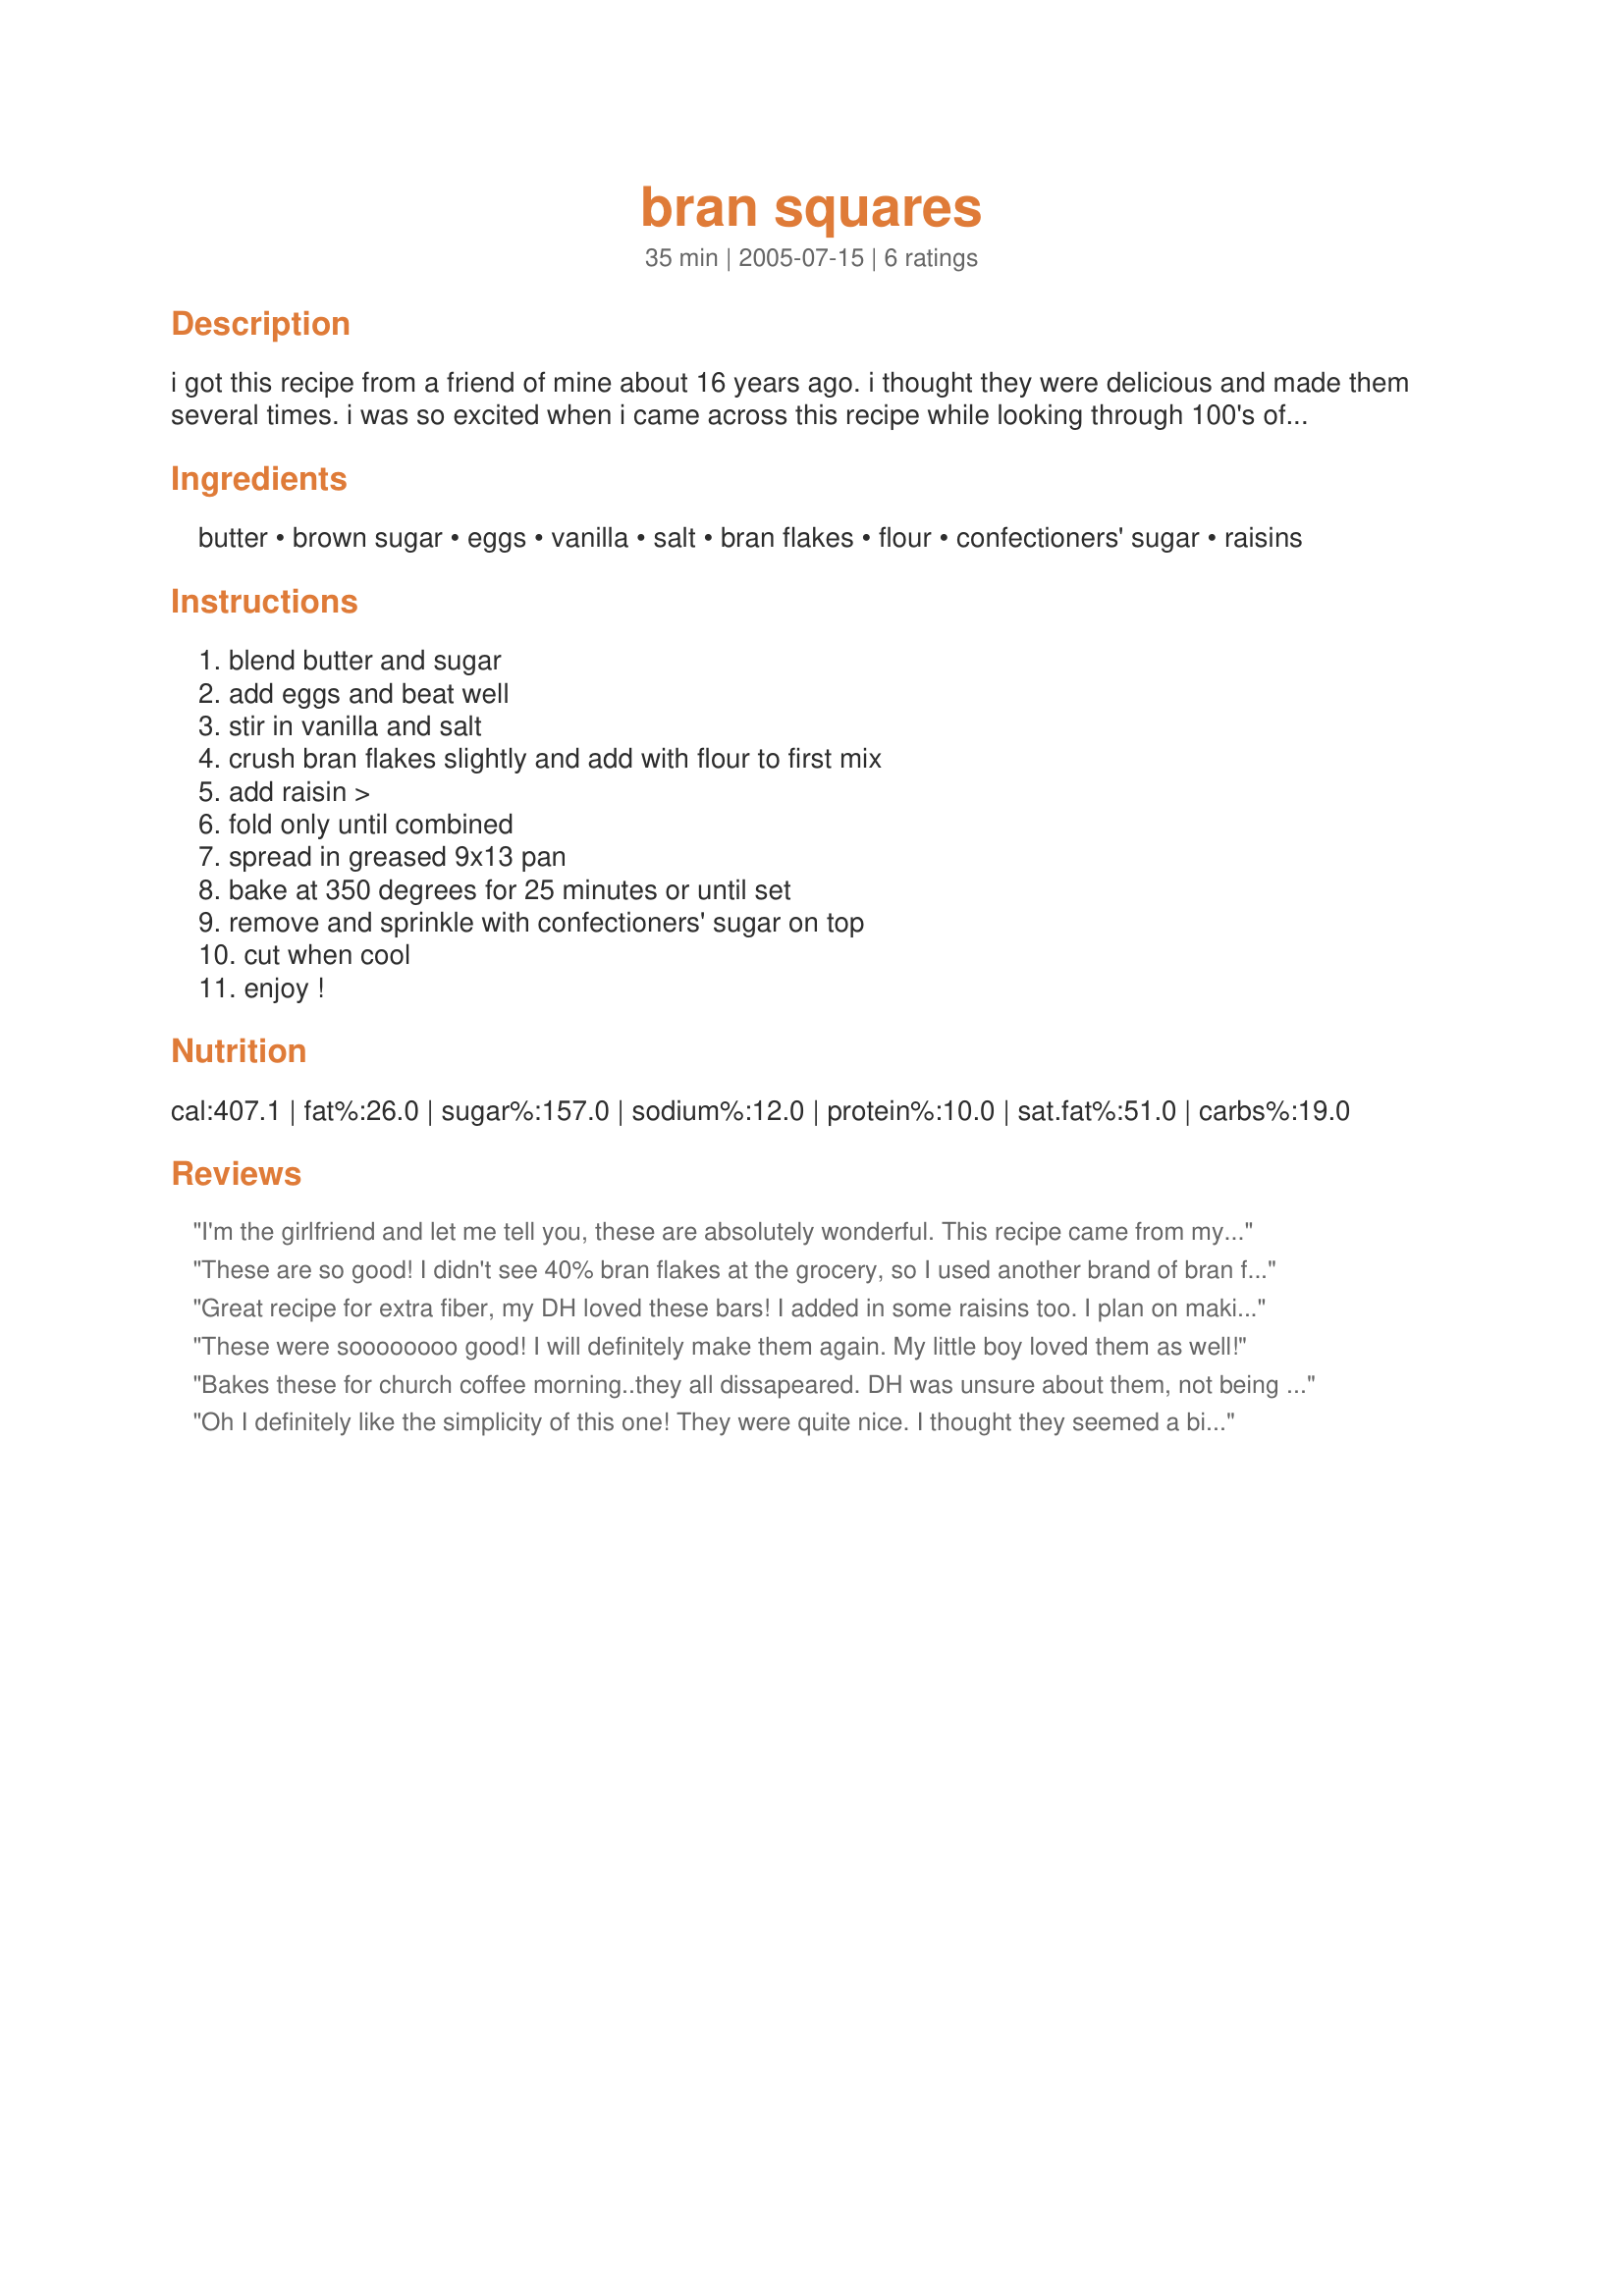
bran squares
Preparation time: 35 minutes

i got this recipe from a friend of mine about 16 years ago. i thought they were delicious and made them several times. i was so excited when i came across this recipe while looking through 100's of recipes i have clipped, saved and copied over the years. i will be making this again real soon!

Ingredients:
butter, brown sugar, eggs, vanilla, salt, bran flakes, flour, confectioners' sugar, raisins

Steps:
blend butter and sugar, add eggs and beat well, stir in vanilla and salt, crush bran flakes slightly and add with flour to first mix, add raisin >, fold only until combined, spread in greased 9x13 pan, bake at 350 degrees for 25 minutes or until set, remove and sprinkle with confectioners' sugar on top, cut when cool, enjoy !

Reviews:
I'm the girlfriend and let me tell you, these are absolutely wonderful. This recipe came from my Grandmother. Hint: these are moving. 
Thanks Chef Mommie for telling me about Recipezaar.com.
These are so good! I didn't see 40% bran flakes at the grocery, so I used another brand of bran flakes. Other than skipping the raisins and adding extra bran flakes, I followed the recipe--thanks for posting it!
Great recipe for extra fiber, my DH loved these bars! I added in some raisins too. I plan on making more soon, great recipe, thanks Chef Mommie!...Kitten:)
These were soooooooo good! I will definitely make them again. My little boy loved them as well!
Bakes these for church coffee morning..they all dissapeared. DH was unsure about them, not being a lover of Branflakes, but went on to eat all the ones I'd left at home, so they can't have been that bdd!! lol
Oh I definitely like the simplicity of this one! They were quite nice. I thought they seemed a bit dense, so maybe I might use self-raising flour next time and see what happens, but it could just be because of my substitutions. I grated 1 carrot in and used 1/2 wholemeal flour, and sprinkled almonds on top and added almond essense to make it some sort of carrot-almond-sultana bran slice. So it's not really the recipe's fault, but at least I can rate it high for a great starting place! Thankyou! :)
